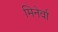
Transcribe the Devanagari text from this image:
मिनेर्वा